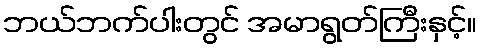
ဘယ်ဘက်ပါးတွင် အမာရွတ်ကြီးနှင့်။